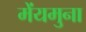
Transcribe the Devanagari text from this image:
मेंयमुना